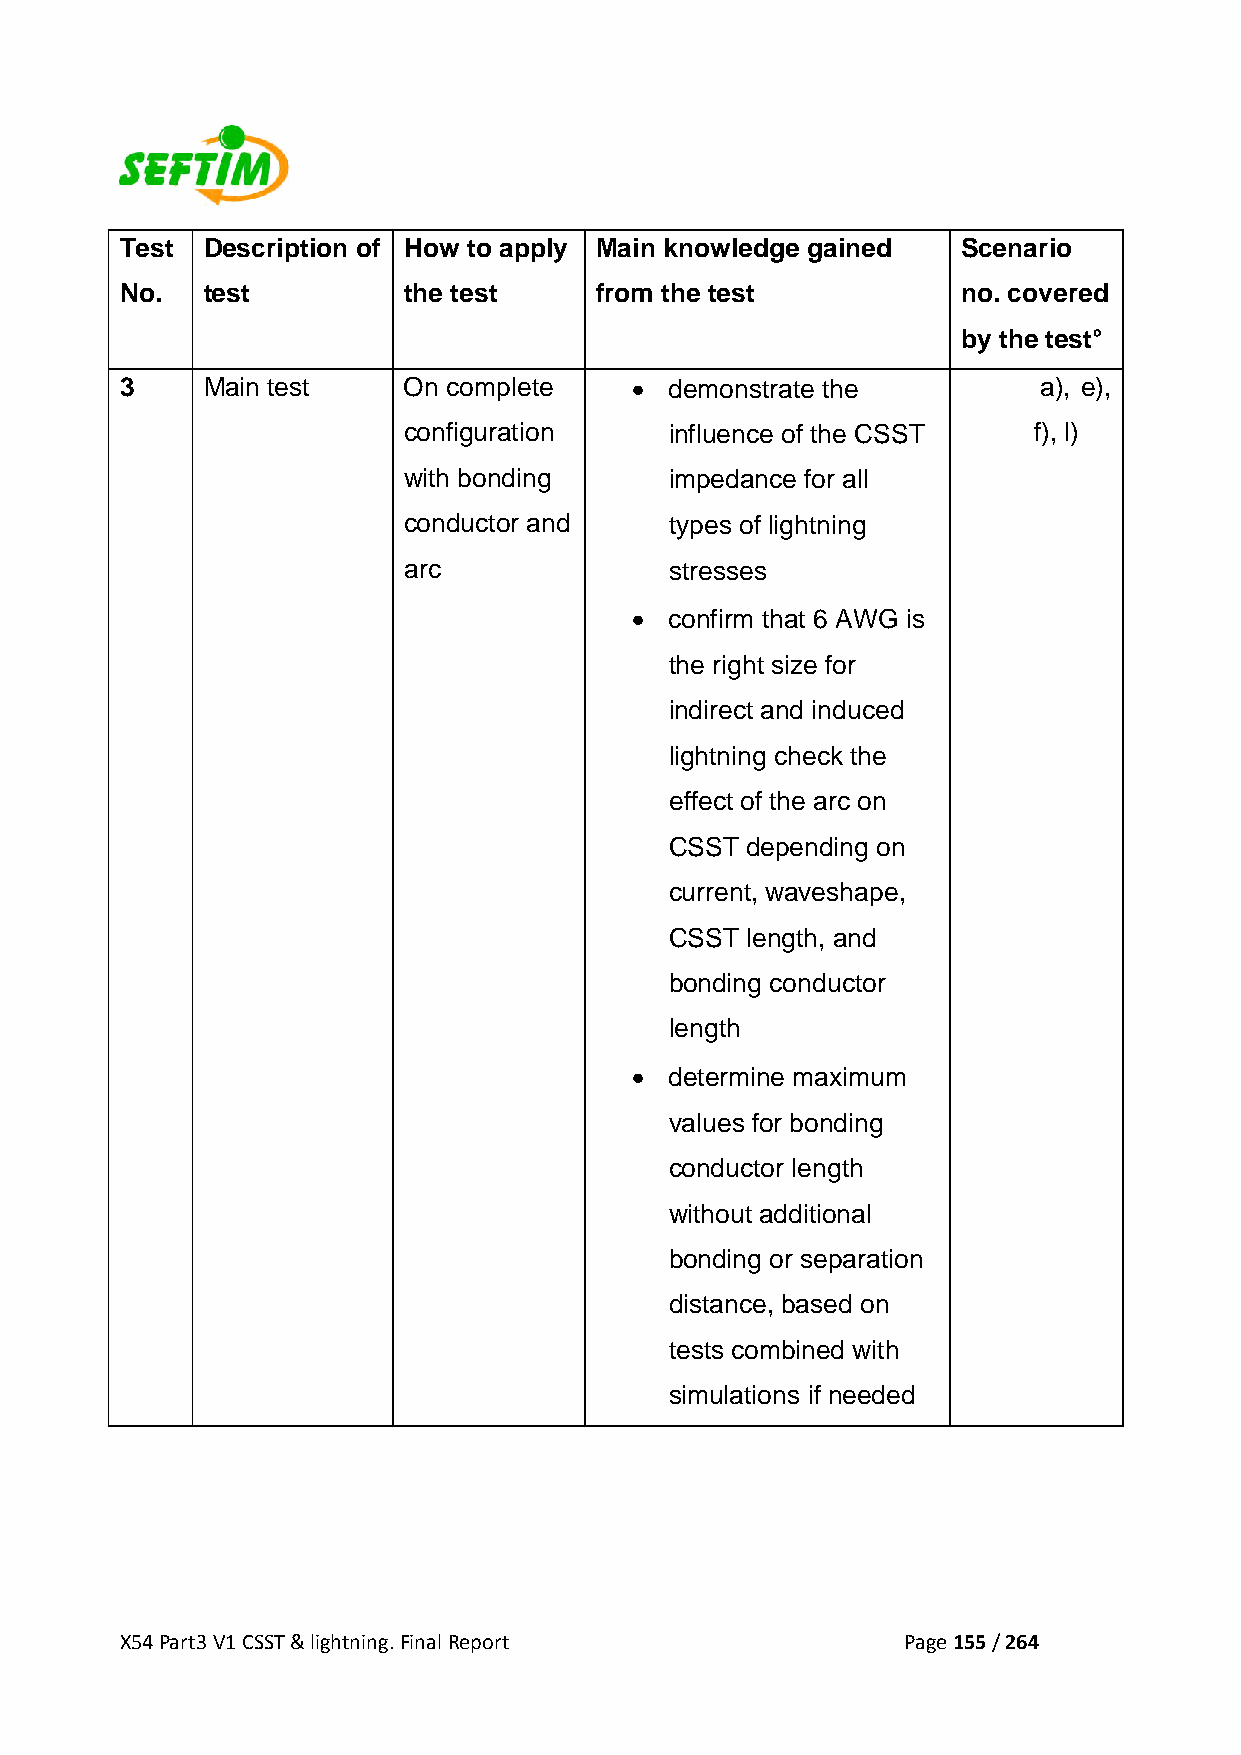
Test Description of How to apply Main knowledge gained  Scenario
 No.  test          the test    from the test            no. covered
 by the test°
 3    Main test     On complete    • demonstrate the          a), e),
 configuration    influence of the CSST   f), l)
 with bonding     impedance for all
 conductor and    types of lightning
 arc              stresses
 • confirm that 6 AWG is
 the right size for
 indirect and induced
 lightning check the
 effect of the arc on
 CSST depending on
 current, waveshape,
 CSST length, and
 bonding conductor
 length
 • determine maximum
 values for bonding
 conductor length
 without additional
 bonding or separation
 distance, based on
 tests combined with
 simulations if needed
 X54 Part3 V1 CSST & lightning. Final Report         Page 155 / 264